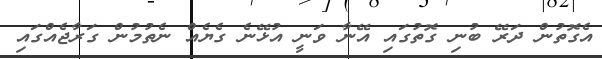
އެގޮތުން ދަރޭ ބުނި ގޮތުގައި އޭނާ ވަނީ އުޅޭނެ ގެޔެއް ނެތުމުން ގަރާޖެއްގައި